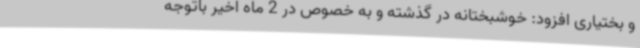
و بختیاری افزود: خوشبختانه در گذشته و به خصوص در 2 ماه اخیر باتوجه